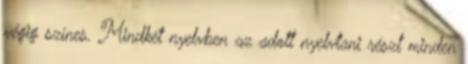
végig színes. Mindkét nyelvben az adott nyelvtani részt minden